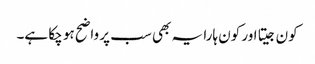
کون جیتا اور کون ہارا یہ بھی سب پر واضح ہو چکا ہے۔